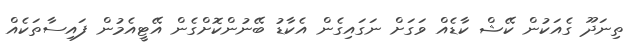
ތިނަދޫ ގެއަކުން ކޭޝް ކާޑެއް ވަގަށް ނަގައިގެން އެކާޑު ބޭނުންކޮށްގެން އޭޓީއެމުން ފައިސާތަކެއް